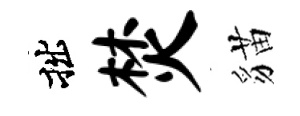
拙焚貓